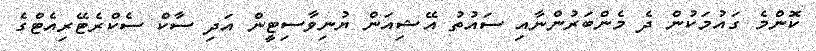
ކޮންމެ ގައުމަކުން ދެ މެންބަރުންނާއި ސައުތު އޭޝިއަން ޔުނިވާސިޓީން އަދި ސާކް ސެކްރެޓޭރިއެޓްގެ